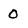
Character: 0